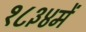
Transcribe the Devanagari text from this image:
१८३४में